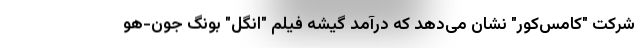
شرکت "کامس‌کور" نشان می‌دهد که درآمد گیشه فیلم "انگل" بونگ جون-هو